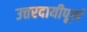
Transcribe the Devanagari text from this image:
उत्तरदायीपूर्ण